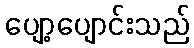
ပျော့ပျောင်းသည်